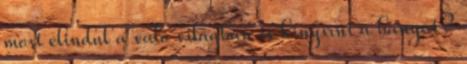
most elindul a való világban is kinyírni a banyát?